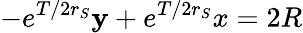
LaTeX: -e^{T/2r_{S}}\mathbf{y}+e^{T/2r_{S}}x=2R